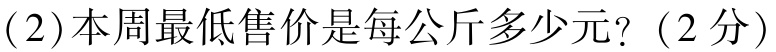
(2)本周最低售价是每公斤多少元? (2分)